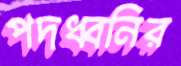
পদধ্বনির